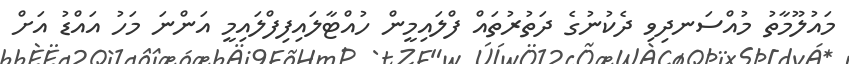
މައުލޫމާތު މުއްސަނދިވި ދެކުނުގެ ދަތުރުތައް ފްލައިމީން ހުއްޓާލައިފިފްލައިމީ އަންނަ މަހު އައްޑު އަށް